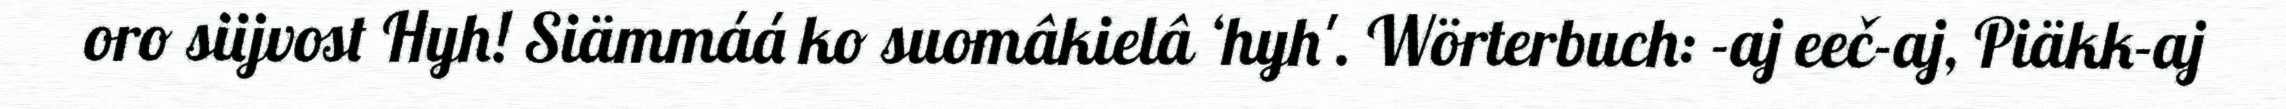
oro siijvost Hyh! Siämmáá ko suomâkielâ ‘hyh'. Wörterbuch: -aj eeč-aj, Piäkk-aj